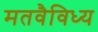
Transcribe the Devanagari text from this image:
मतवैविध्य